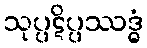
သုပ္ပဋိပ္ပဿဒ္ဓံ